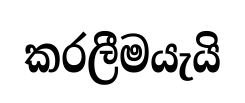
කරලීමයැයි